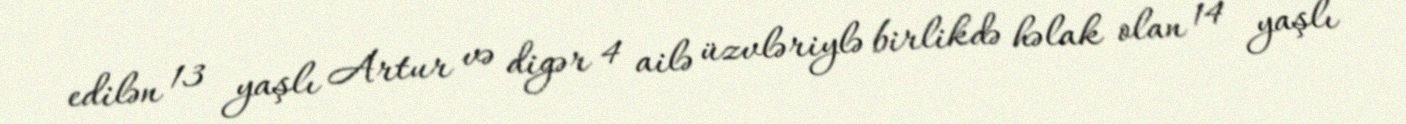
edilən 13 yaşlı Artur və digər 4 ailə üzvləriylə birlikdə həlak olan 14 yaşlı